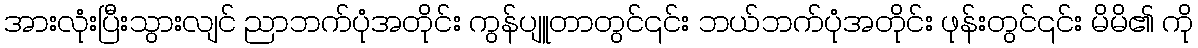
အားလုံးပြီးသွားလျင် ညာဘက်ပုံအတိုင်း ကွန်ပျူတာတွင်၎င်း ဘယ်ဘက်ပုံအတိုင်း ဖုန်းတွင်၎င်း မိမိ၏ ကို